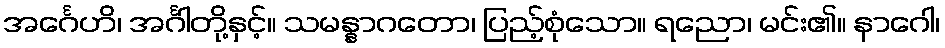
အင်္ဂေဟိ၊ အင်္ဂါတို့နှင့်။ သမန္နာဂတော၊ ပြည့်စုံသော။ ရညော၊ မင်း၏။ နာဂေါ၊